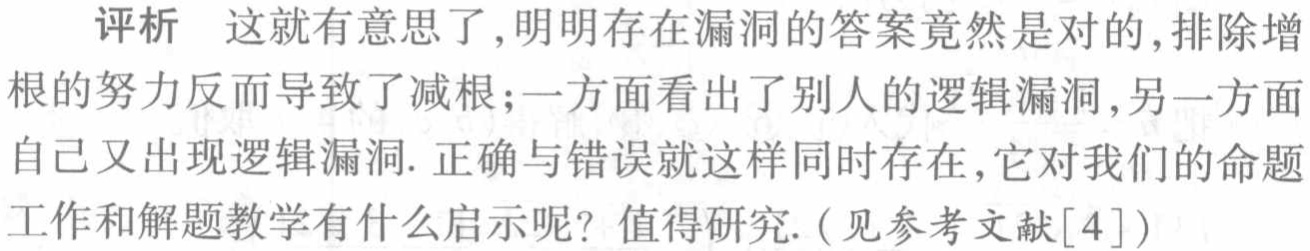
评析 这就有意思了,明明存在漏洞的答案竟然是对的,排除增根的努力反而导致了减根;一方面看出了别人的逻辑漏洞,另一方面自己又出现逻辑漏洞. 正确与错误就这样同时存在,它对我们的命题工作和解题教学有什么启示呢？值得研究.(见参考文献[4])